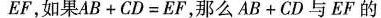
EF，如 果$$ AB+ CD= EF,$$ 那么AB+CD与EF的